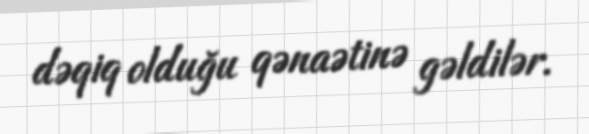
dəqiq olduğu qənaətinə gəldilər.